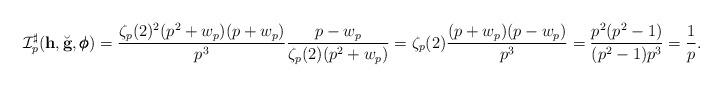
LaTeX: \begin{align*}\mathcal I_p^{\sharp}(\mathbf h, \breve{\mathbf g}, \pmb{\phi}) = \frac{\zeta_p(2)^{2}(p^2+w_p)(p+w_p)}{p^3} \frac{p-w_p}{\zeta_p(2)(p^2+w_p)} = \zeta_p(2)\frac{(p+w_p)(p-w_p)}{p^3} = \frac{p^2(p^2-1)}{(p^2-1)p^3} = \frac{1}{p}.\end{align*}